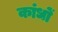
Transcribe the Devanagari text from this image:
कांधों